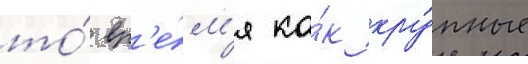
то́ вр'е́м'я ка́к кру́пные